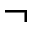
\neg